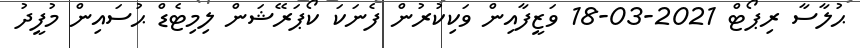
ޙުލާސާ ރިޕޯޓް 2021-03-18 ވަޒީފާއިން ވަކިކުރުން ފެނަކަ ކޯޕަރޭޝަން ލިމިޓެޑް ޙުސައިން މުފީދު